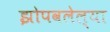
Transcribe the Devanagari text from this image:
झोपवलेल्या